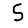
Digit: 5